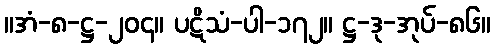
။အံ-၈-ဋ္ဌ-၂၀၄။ ပဋိသံ-ပါ-၁၇၂။ ဋ္ဌ-ဒု-အုပ်-၈၆။